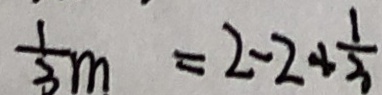
\frac { 1 } { 3 } m = 2 - 2 + \frac { 1 } { 3 }